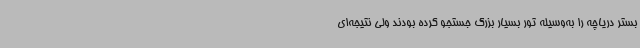
بستر دریاچه را به‌وسیله تور بسیار بزرگ جستجو کرده بودند ولی نتیجه‌ای